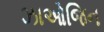
ઝાઓજિન